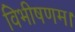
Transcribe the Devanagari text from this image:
विभीषणम।